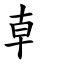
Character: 龺